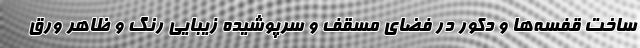
ساخت قفسه‌ها و دکور در فضای مسقف و سرپوشیده زیبایی رنگ و ظاهر ورق